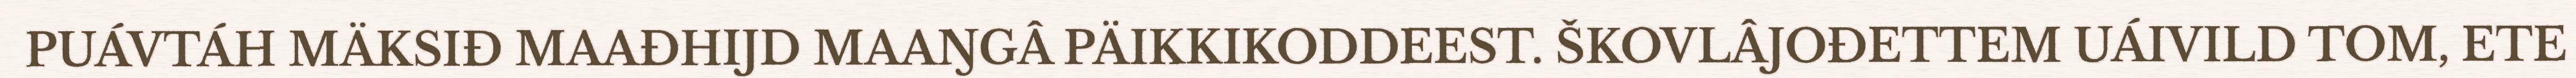
PUÁVTÁH MÄKSIĐ MAAĐHIJD MAAŊGÂ PÄIKKIKODDEEST. ŠKOVLÂJOĐETTEM UÁIVILD TOM, ETE